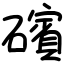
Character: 礗